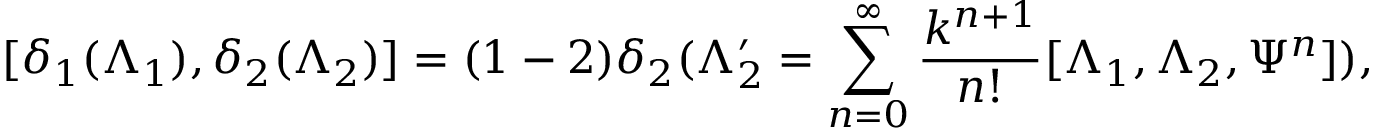
[ \delta _ { 1 } ( \Lambda _ { 1 } ) , \delta _ { 2 } ( \Lambda _ { 2 } ) ] = ( 1 - 2 ) \delta _ { 2 } ( \Lambda _ { 2 } ^ { \prime } = \sum _ { n = 0 } ^ { \infty } \frac { k ^ { n + 1 } } { n ! } [ \Lambda _ { 1 } , \Lambda _ { 2 } , \Psi ^ { n } ] ) ,